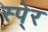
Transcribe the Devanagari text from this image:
स्पे्र